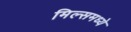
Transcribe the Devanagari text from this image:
मिल्समध्ये